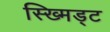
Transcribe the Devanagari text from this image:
स्ख्मिड्ट